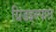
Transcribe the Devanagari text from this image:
ग्रिडइस्पात